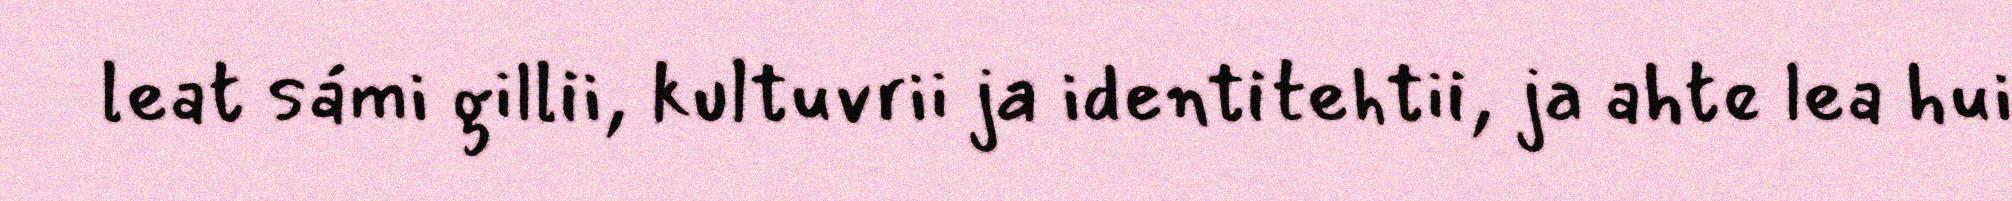
leat sámi gillii, kultuvrii ja identitehtii, ja ahte lea hui